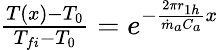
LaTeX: \begin{array}{r}{\frac{T(x)-T_{0}}{T_{fi}-T_{0}}=e^{-\frac{2{\pi r}_{1h}}{{\dot{m}}_{a}C_{a}}x}}\end{array}